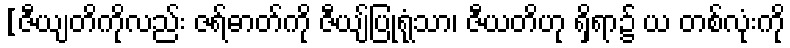
[ဇီယျတိကိုလည်း ဇရ်ဓာတ်ကို ဇီယျ်ပြုရုံသာ၊ ဇီယတိဟု ရှိရာ၌ ယ တစ်လုံးကို